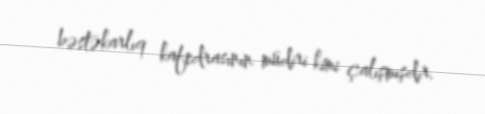
bəstəkarlıq kafedrasının müdiri kimi çalışmışdır.